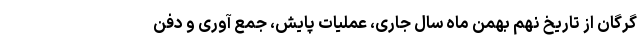
گرگان از تاریخ نهم بهمن ماه سال جاری، عملیات پایش، جمع آوری و دفن